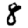
Digit: 8